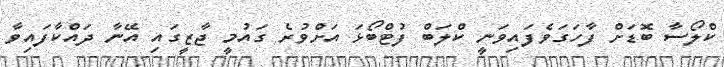
ކްލޯސާ ބޮޑަށް ފާހަގަވެފައިވަނީ ކްލަބް ފުޓްބޯޅަ އަށްވުރެ ގައުމީ ޖާޒީގައި އޭނާ ދައްކާފައިވާ